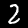
Label: 2